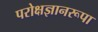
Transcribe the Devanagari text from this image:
परोक्षज्ञानरूपा